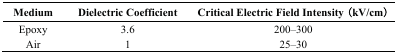
<table><thead><tr><td><b>Medium</b></td><td><b>Dielectric Coefficient</b></td><td><b>Critical Electric Field Intensity (kV/cm)</b></td></tr></thead><tbody><tr><td>Epoxy</td><td>3.6</td><td>200–300</td></tr><tr><td>Air</td><td>1</td><td>25–30</td></tr></tbody></table>